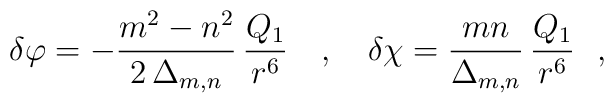
\delta\varphi = - \frac{m^2-n^2}{2\,\Delta_{m,n}}\,\frac{Q_1}{r^6}~~~,~~~\delta\chi =  \frac{mn}{\Delta_{m,n}}\,\frac{Q_1}{r^6}~~,